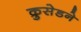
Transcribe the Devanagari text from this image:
क्रुसेडने